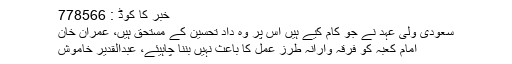
خبر کا کوڈ : 778566
سعودی ولی عہد نے جو کام کیے ہیں اس پر وہ داد تحسین کے مستحق ہیں، عمران خان
امام کعبہ کو فرقہ وارانہ طرز عمل کا باعث نہیں بننا چاہیئے، عبدالقدیر خاموش